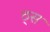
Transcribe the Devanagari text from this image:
ठ्स